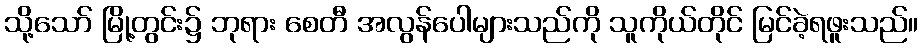
သို့သော် မြို့တွင်း၌ ဘုရား စေတီ အလွန်ပေါများသည်ကို သူကိုယ်တိုင် မြင်ခဲ့ရဖူးသည်။